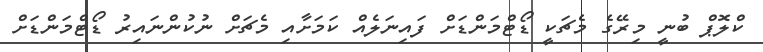
ކްލޮޕް ބުނީ މިރޭގެ މެޗަކީ ޑޯޓްމަންޑަށް ފައިނަލެއް ކަމަށާއި މެޗަށް ނުކުންނައިރު ޑޯޓްމަންޑަށް